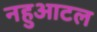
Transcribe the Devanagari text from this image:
नहुआटल